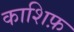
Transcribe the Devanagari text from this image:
काशिफ़